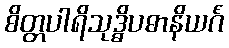
စိတ္တပါရိသုဒ္ဓိပဓာနိယင်္ဂံ